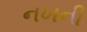
નખની